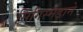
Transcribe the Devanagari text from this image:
सिगिस्मंडाने